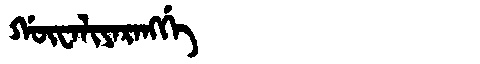
Manchu: ᡤᡡᠸᠠᠯᡳᠶᠠᡵᠠᠩᡤᡝ
Romanization: GŪWALIYARANGGE